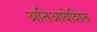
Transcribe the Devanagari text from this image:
अतिआवेशित